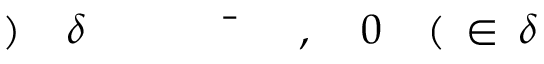
\! \! \! \! \! \! \! \! \! \! \! \delta \! \! \! \! \! \! \! \! \! \! \! \! \in \! \! \! \! \! \! \! \! \! \! \! \! ( \! \! \! \! \! \! \! \! \! \! \! \! 0 \! \! \! \! \! \! \! \! \! \! \! \! , \! \! \! \! \! \! \! \! \! \! \! \! \bar { \! } \! \! \! \! \! \! \! \! \! \! \! \! \! \! \! \! \! \! \! \! \! \! \! \delta \! \! \! \! \! \! \! \! \! \! \! \! ) \! \! \! \! \! \! \! \! \! \! \!